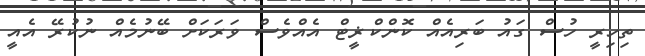
ތިހިރީ ހުސް ގައު ބަރިއެއް ކޮންކްޜީޓް އެއްވެސް ވަރަކަށް ބޭނުމެއް ނުކުރޭ އެއީ